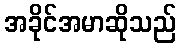
အခိုင်အမာဆိုသည်